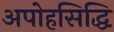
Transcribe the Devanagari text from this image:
अपोहसिद्धि